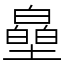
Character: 皨